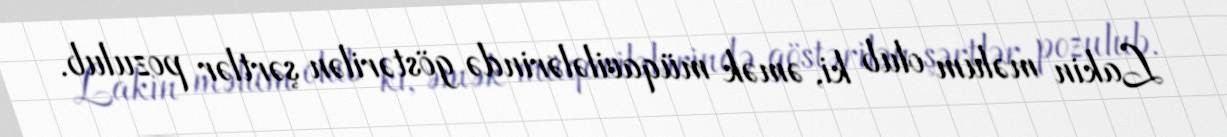
Lakin məlum olub ki, əmək müqavilələrində göstərilən şərtlər pozulub.